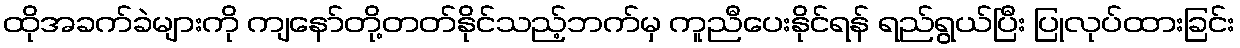
ထိုအခက်ခဲများကို ကျနော်တို့တတ်နိုင်သည့်ဘက်မှ ကူညီပေးနိုင်ရန် ရည်ရွယ်ပြီး ပြုလုပ်ထားခြင်း